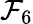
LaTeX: \mathcal{F}_{6}